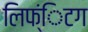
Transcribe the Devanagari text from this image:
लिफ्ंिटग